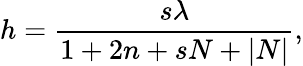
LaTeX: h={\frac{s\lambda}{1+2n+sN+|N|}},